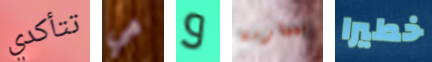
تتأكدي هي و بممارسة خطيرا